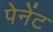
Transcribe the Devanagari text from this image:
पेनेंट